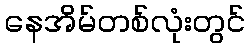
နေအိမ်တစ်လုံးတွင်